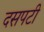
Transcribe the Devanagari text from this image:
दसपटी